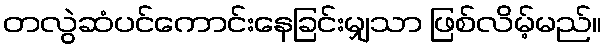
တလွဲဆံပင်ကောင်းနေခြင်းမျှသာ ဖြစ်လိမ့်မည်။